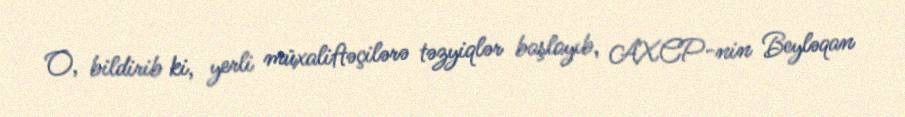
O, bildirib ki, yerli müxaliftəçilərə təzyiqlər başlayıb, AXCP-nin Beyləqan